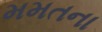
મમતના